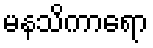
မနသိကာရော